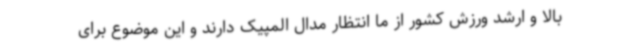
بالا و ارشد ورزش کشور از ما انتظار مدال المپیک دارند و این موضوع برای